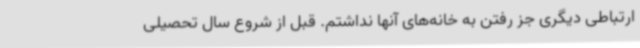
ارتباطی دیگری جز رفتن به خانه‌های آنها نداشتم. قبل از شروع سال تحصیلی